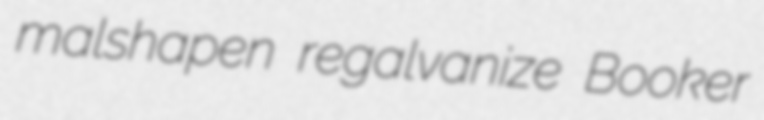
malshapen regalvanize Booker